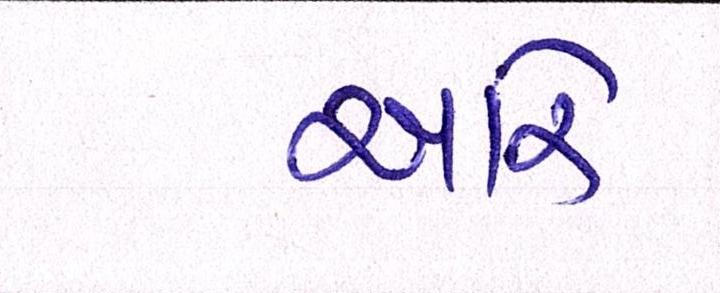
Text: આરે